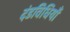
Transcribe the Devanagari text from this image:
दंडविधियाँ